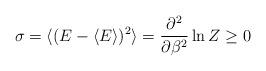
LaTeX: \begin{align*} \sigma = \langle ( E - \langle E \rangle)^2 \rangle = \frac{\partial^2}{\partial \beta^2} \ln Z \geq 0\end{align*}